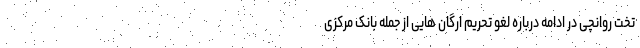
تخت روانچی در ادامه درباره لغو تحریم ارگان هایی از جمله بانک مرکزی